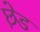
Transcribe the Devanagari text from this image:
छ़ेड